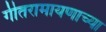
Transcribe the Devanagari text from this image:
गीतरामायणाच्या